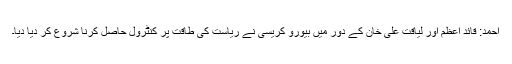
احمد: قائد اعظم اور لیاقت علی خان کے دور میں بیورو کریسی نے ریاست کی طاقت پر کنٹرول حاصل کرنا شروع کر دیا دیا۔